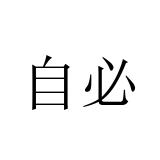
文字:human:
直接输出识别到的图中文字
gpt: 自必